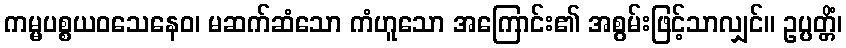
ကမ္မပစ္စယဝသေနေဝ၊ မဆက်ဆံသော ကံဟူသော အကြောင်း၏ အစွမ်းဖြင့်သာလျှင်။ ဥပ္ပတ္တိံ၊